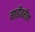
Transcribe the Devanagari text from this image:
गाडीवरील